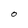
Character: O